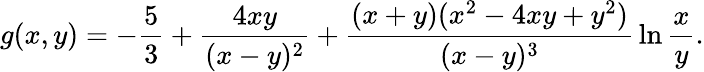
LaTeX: g(x,y)=-{\frac{5}{3}}+{\frac{4xy}{(x-y)^{2}}}+{\frac{(x+y)(x^{2}-4xy+y^{2})}{(x-y)^{3}}}\ln{\frac{x}{y}}.